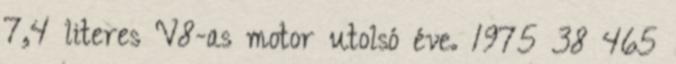
7,4 literes V8-as motor utolsó éve. 1975 38 465